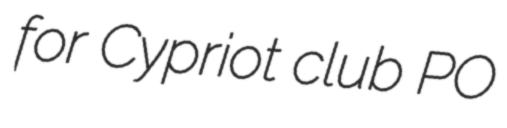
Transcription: for Cypriot club PO